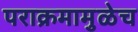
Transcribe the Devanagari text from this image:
पराक्रमामुळेच